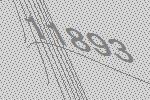
11893